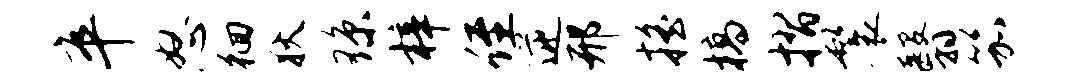
卒怒徊狄琼梓侄逆邢摇槁摺鬟翳笳